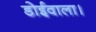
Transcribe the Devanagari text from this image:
डोईवाला।